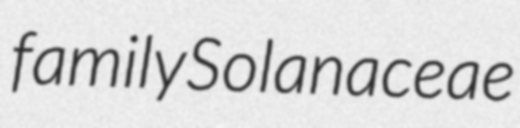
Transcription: family Solanaceae